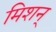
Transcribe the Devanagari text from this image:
मिशन्‌